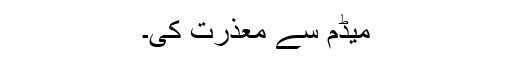
میڈم سے معذرت کی۔